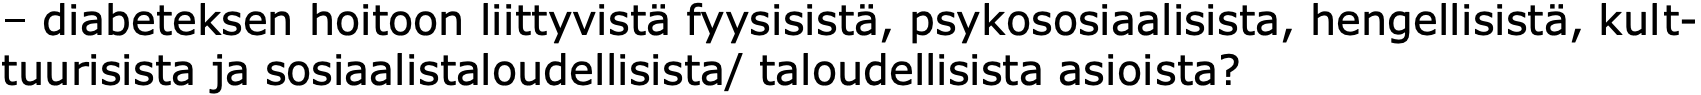
– diabeteksen hoitoon liittyvistä fyysisistä, psykososiaalisista, hengellisistä, kult- tuurisista ja sosiaalistaloudellisista/ taloudellisista asioista?